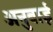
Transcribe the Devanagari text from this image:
अनुबाई